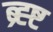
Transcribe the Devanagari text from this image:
ब्र्ह्ष्ट